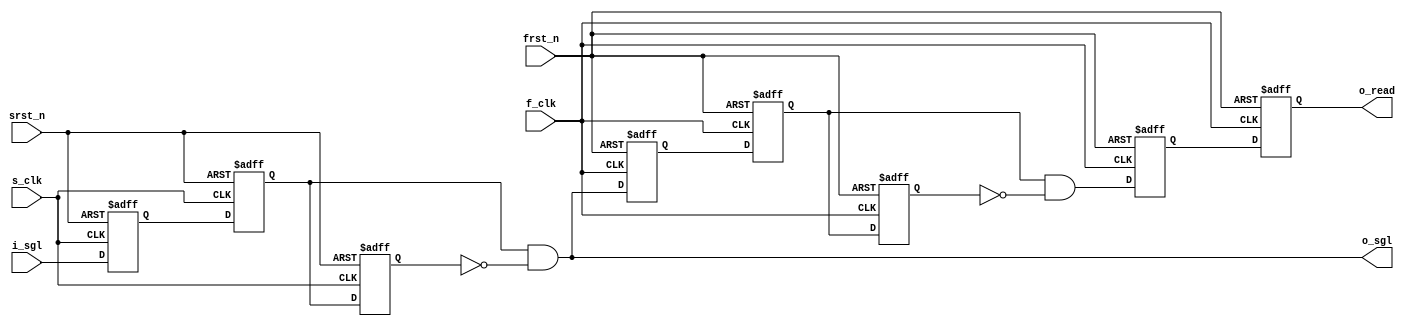
/***********************************************
#
#      Filename: fast2slow.v
#
#        Author: lixiaofei
#   Description: control signal transfer from fast clk region  synced to slow clk region
#        Create: 2019-06-03 16:25:42
#     Copyright: 302-2 Studio
***********************************************/

module fast2slow(
output o_sgl,      //output for slow clk region
output reg o_read,     //output for fast clk region

input  i_sgl,          //enable signal input

input  f_clk,
input  frst_n,

input  s_clk,
input  srst_n
);

reg i_sgl_reg1;
reg i_sgl_reg2;
reg i_sgl_reg3;

reg o_read_reg1;
reg o_read_reg2;
reg o_read_reg3;

wire o_read_4;
reg  o_read_5;

always@(posedge s_clk,negedge srst_n) begin //f_clk signal synced to s_clk
  if(~srst_n)begin
    i_sgl_reg1<=0;
    i_sgl_reg2<=0;
    i_sgl_reg3<=0;
  end
  else begin
    i_sgl_reg1<=i_sgl;
    i_sgl_reg2<=i_sgl_reg1;
    i_sgl_reg3<=i_sgl_reg2;
  end
end

always@(posedge f_clk,negedge frst_n) begin //s_clk signal synced to f_clk
  if(~frst_n)begin
    o_read_reg1<=0;
    o_read_reg2<=0;
    o_read_reg3<=0;
  end
  else begin
    o_read_reg1<=o_sgl;
    o_read_reg2<=o_read_reg1;
    o_read_reg3<=o_read_reg2;
  end
end

assign o_sgl=i_sgl_reg2&(~i_sgl_reg3);
assign o_read_4=o_read_reg2&(~o_read_reg3);

always@(posedge f_clk,negedge frst_n) 
  if(~frst_n) begin
    o_read_5<=0;
    o_read<=0;
  end
  else begin
    o_read_5<=o_read_4;
    o_read<=o_read_5;
  end



endmodule